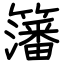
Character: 籓